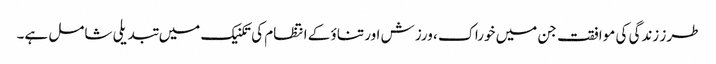
طرز زندگی کی موافقت جن میں خوراک ، ورزش اور تناؤ کے انتظام کی تکنیک میں تبدیلی شامل ہے۔